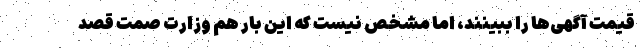
قیمت آگهی‌ها را ببینند، اما مشخص نیست که این بار هم وزارت صمت قصد